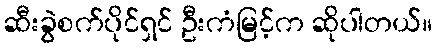
ဆီးခွဲစက်ပိုင်ရှင် ဦးကံမြင့်က ဆိုပါတယ်။